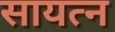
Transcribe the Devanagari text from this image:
सायत्न